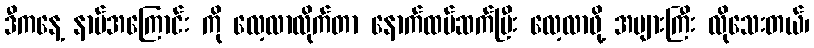
ဒီကနေ့ နာမ်အကြောင်း ကို လေ့လာလိုက်တာ နောက်ထပ်ဆက်ပြီး လေ့လာဖို့ အများကြီး လိုသေးတယ်၊